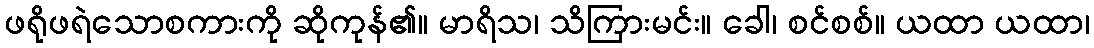
ဖရိုဖရဲသောစကားကို ဆိုကုန်၏။ မာရိသ၊ သိကြားမင်း။ ခေါ၊ စင်စစ်။ ယထာ ယထာ၊